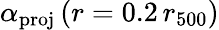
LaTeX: \alpha_{\mathrm{proj}}\, (r=0.2\, r_{500})